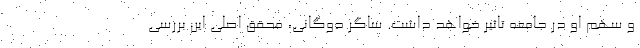
و سهم او در جامعه تاثیر خواهد داشت. ساگر دوگانی، محقق اصلی این بررسی